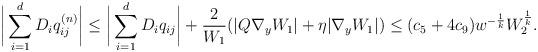
LaTeX: \begin{align*}\bigg|\sum_{i=1}^d D_iq_{ij}^{(n)}\bigg| \leq \bigg|\sum_{i=1}^d D_iq_{ij}\bigg|+ \frac{2}{W_1} (|Q\nabla_y W_1| + \eta |\nabla_y W_1|) \leq (c_5+4c_9) w^{-\frac{1}{k}}W_2^\frac{1}{k}.\end{align*}